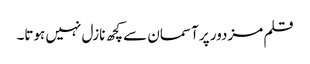
قلم مزدور پر آسمان سے کچھ نازل نہیں ہوتا۔